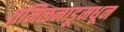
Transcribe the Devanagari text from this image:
तमिळनाडूमधून